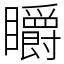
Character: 䂃